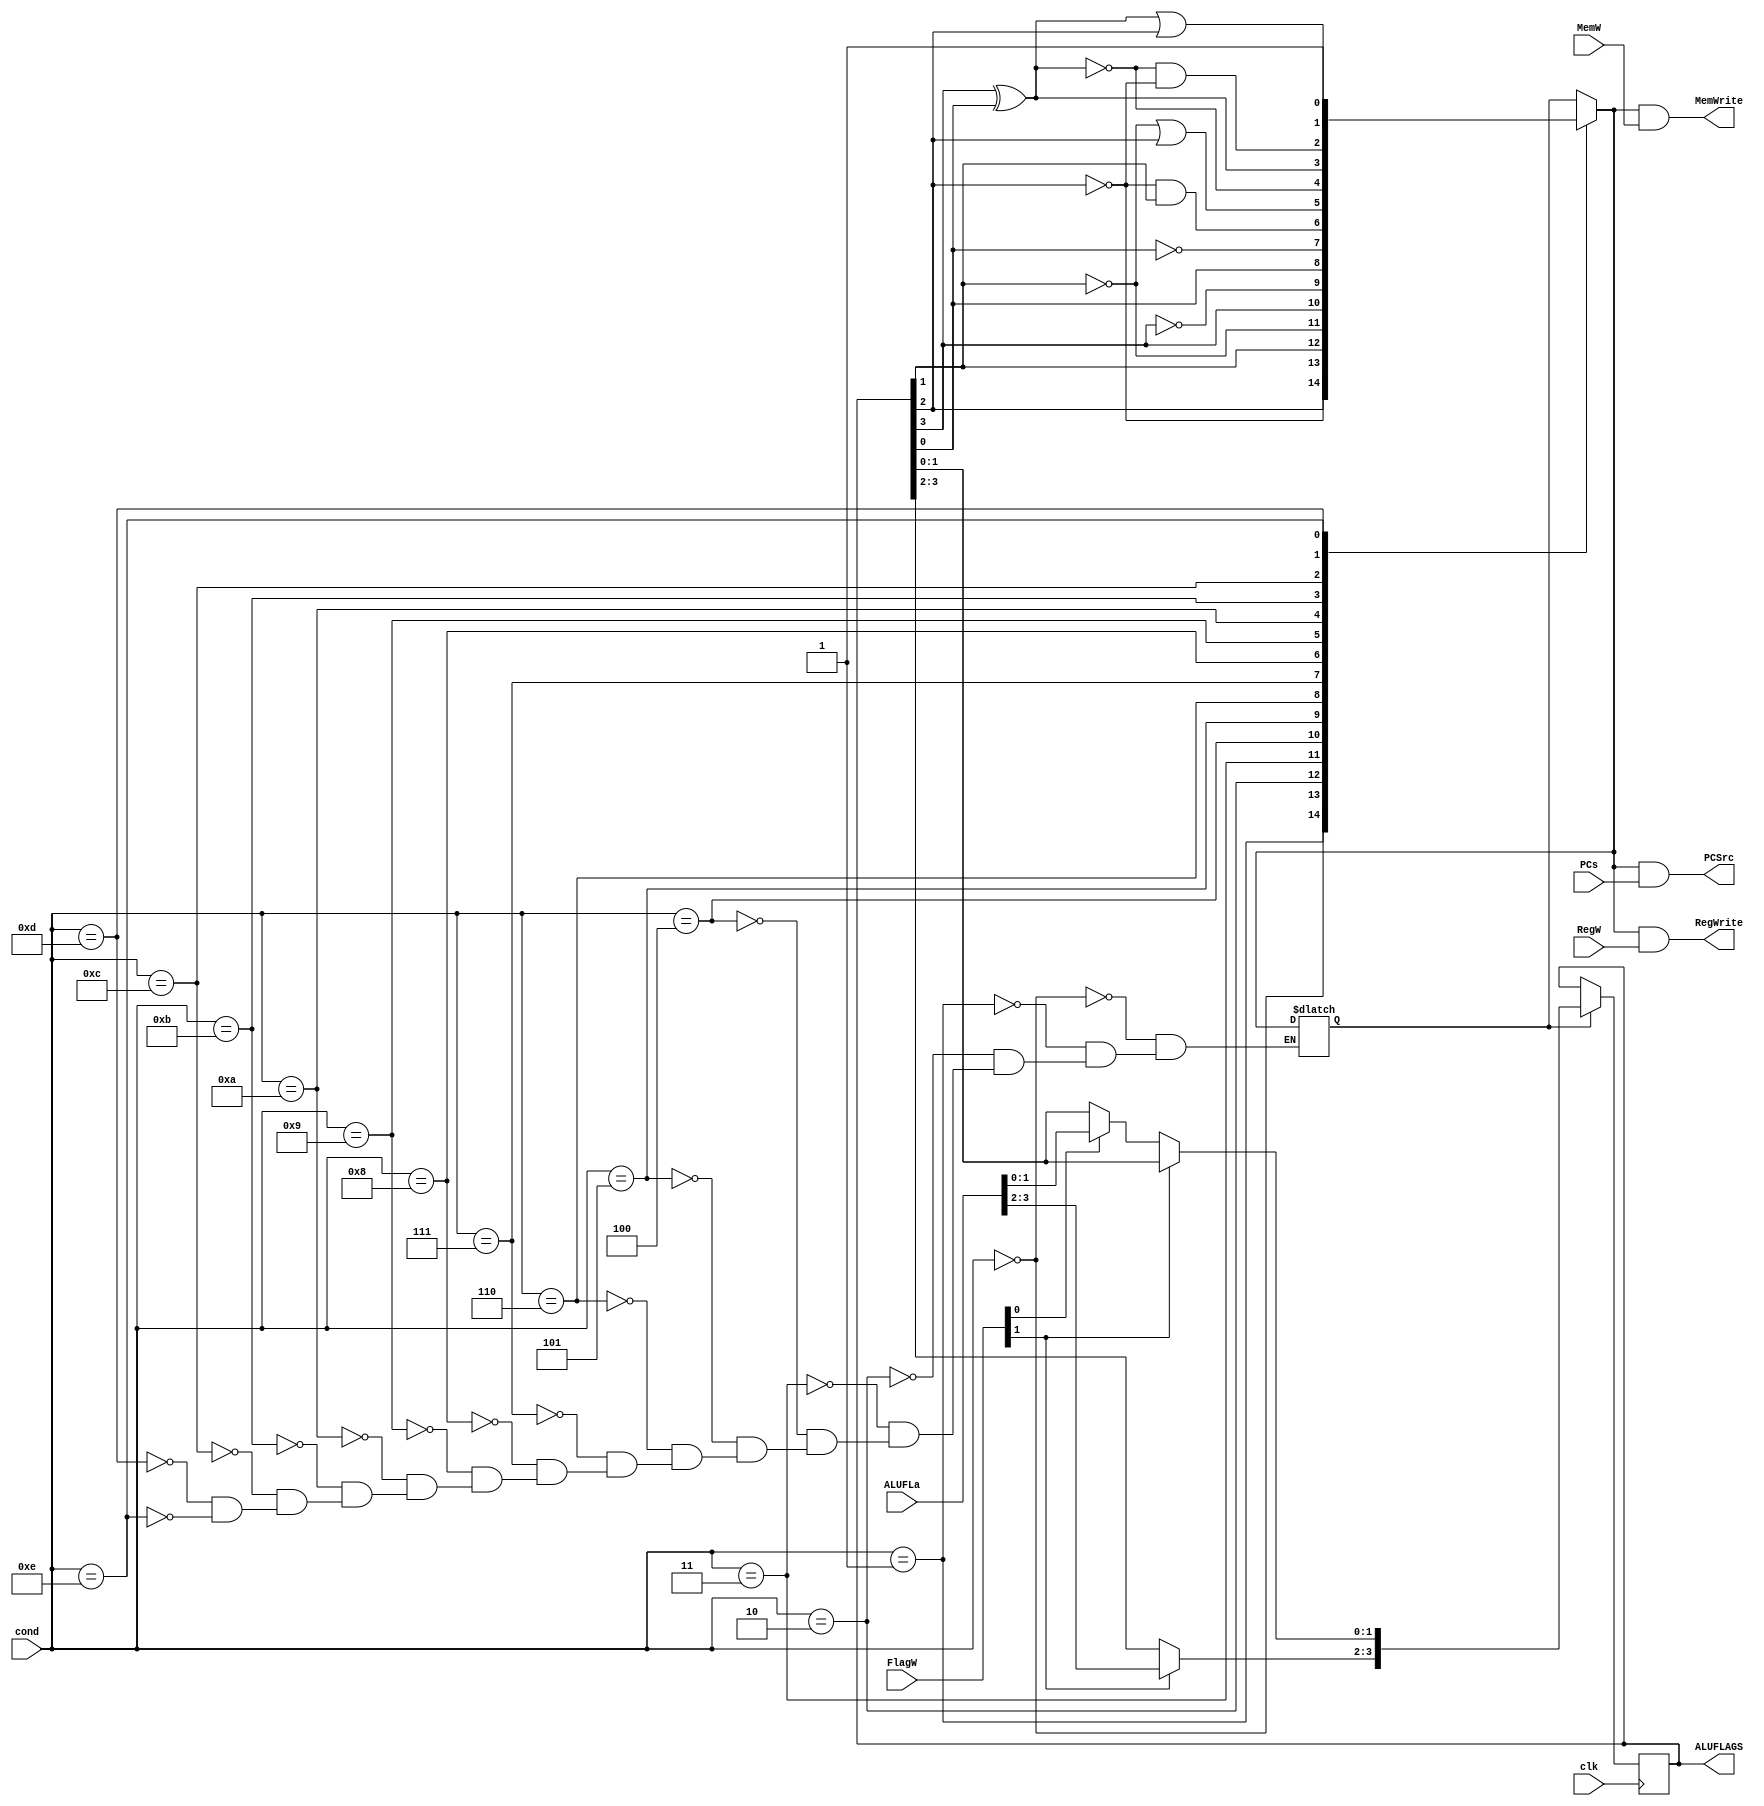
module controller_singleCycle_condLogic(
input [3:0] cond,
input [3:0] ALUFLa,
input [1:0] FlagW,
input  PCs,
input  RegW,
input  MemW,

output reg PCSrc,
output reg RegWrite,
output reg MemWrite,
output reg [3:0] ALUFLAGS,
input clk
);
//condex assumed as 1
reg condex;
always @(posedge clk)
begin
	if(condex==1)
		begin
		 if(FlagW[1]==1)
			begin
				ALUFLAGS[3:2]=ALUFLa[3:2];
			end
			
		else if(FlagW[0]==1)
			begin
				ALUFLAGS[1:0]=ALUFLa[1:0];
			end
		else
		 begin
			   ALUFLAGS=ALUFLAGS;
		 end		
	end
		else
		begin
			ALUFLAGS=ALUFLAGS;
		end
	
end
	
always @(*)
begin
		case(cond)//nzcv aluflags[3:0]
		//z
		4'b0000: condex= ALUFLAGS[2];//equal
		4'b0001: condex= ~ALUFLAGS[2]; //not equal
		//c
		4'b0010: condex= ALUFLAGS[1]; //carry set
		4'b0011: condex= ~ALUFLAGS[1];
		//n
		4'b0100: condex= ALUFLAGS[3];
		4'b0101: condex= ~ALUFLAGS[3];
		//v
		4'b0110: condex= ALUFLAGS[0];
		4'b0111: condex= ~ALUFLAGS[0];

		4'b1000: condex= ~ALUFLAGS[2] & ALUFLAGS[1];
		4'b1001: condex= ~ALUFLAGS[1] | ALUFLAGS[2];

		4'b1010: condex= ~(ALUFLAGS[3] ^ ALUFLAGS[0]);
		4'b1011: condex= ALUFLAGS[3] ^ ALUFLAGS[0];

		4'b1100: condex= (~(ALUFLAGS[3] ^ ALUFLAGS[0])) & ~ALUFLAGS[2];
		4'b1101: condex= ((ALUFLAGS[3] ^ ALUFLAGS[0])) | ALUFLAGS[2];
		4'b1110: condex= 1 ;

		endcase

 PCSrc= condex & PCs;
 RegWrite= condex & RegW;
 MemWrite= condex & MemW;
end



endmodule